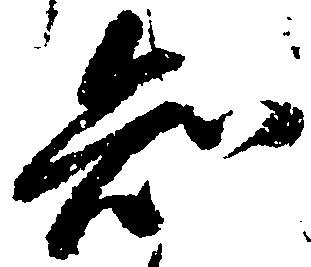
知